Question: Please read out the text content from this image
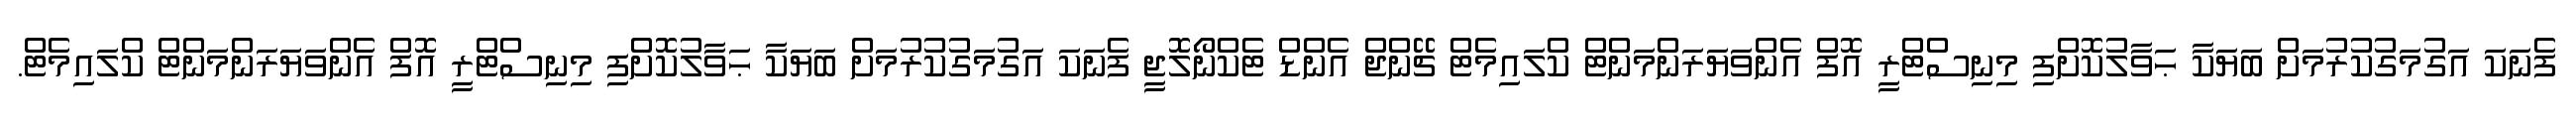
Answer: ފެނަކަ އަގުމަގުކުރުމަށް ބަޔަކާ ޙަވާލުކޮށްފި މިނިސްޓްރީ އޮފް އެންވަޔަރަންމަންޓް ކްލައިމެޓް ޗޭންޖް އެންޑް ޓެކްނޯލޮޖީ ފެނަކަ އަގުމަގުކުރުމަށް ބަޔަކާ ޙަވާލުކޮށްފި މިނިސްޓްރީ އޮފް އެންވަޔަރަންމަންޓް ކްލައިމެޓް.